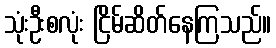
သုံးဦးစလုံး ငြိမ်ဆိတ်နေကြသည်။